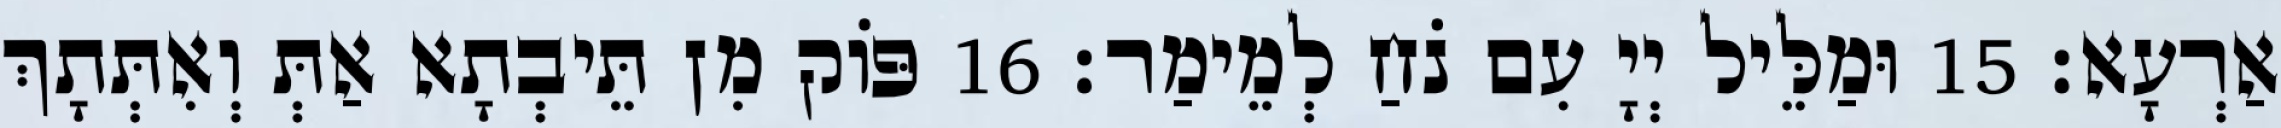
אַרְעָא׃ 15 וּמַלֵּיל יְיָ עִם נֹחַ לְמֵימַר׃ 16 פּוֹק מִן תֵּיבְתָא אַתְּ וְאִתְּתָךְ